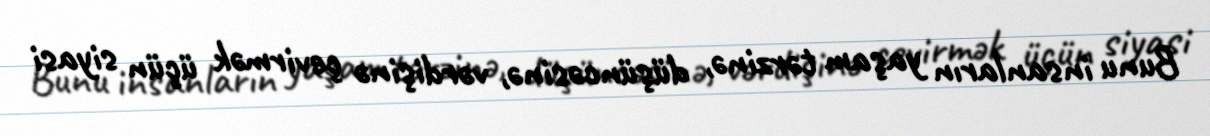
Bunu insanların yaşam tərzinə, düşüncəsinə, vərdişinə çevirmək üçün siyasi